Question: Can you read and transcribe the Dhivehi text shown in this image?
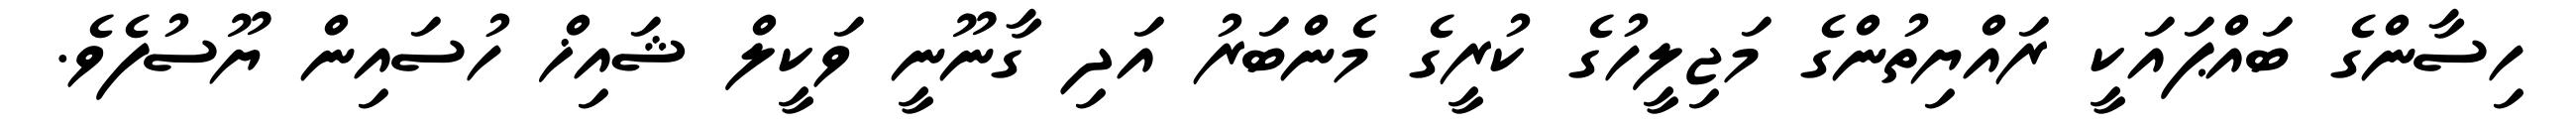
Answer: ހިސާންގެ ބައްޕައަކީ ރައްޔިތުންގެ މަޖިލީހުގެ ކުރީގެ މެންބަރު އަދި ގާނޫނީ ވަކީލް ޝައިޚް ހުސައިން ޔޫސުފެވެ.